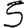
Digit: 5